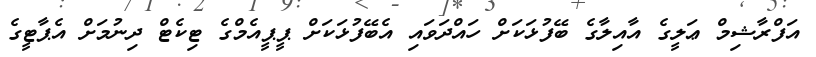
އަފްރާޝިމް ޢަލީގެ އާއިލާގެ ބޭފުޅަކަށް ހައްދަވައި އެބޭފުޅަކަށް ޕީޕީއެމްގެ ޓިކެޓް ދިނުމަށް އެޕާޓީގެ